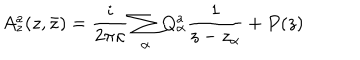
A _ { z } ^ { a } ( z , \bar { z } ) = { \frac { i } { 2 \pi \kappa } } \sum _ { \alpha } Q _ { \alpha } ^ { a } { \frac { 1 } { z - z _ { \alpha } } } + P ( z )